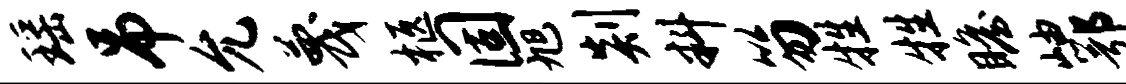
瑶吊允蔑柩固旭剡料笏牲牲瞻岫鄂